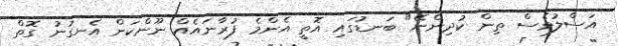
އަސްލުވެސް ތިން ކުދިންނޭ" ބަނޑުގައި އޮތީ އެންމެ ފުރާނައެއް ނޫންކަން އެނގުނު ގޮތް